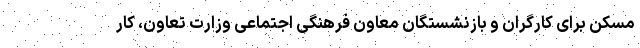
مسکن برای کارگران و بازنشستگان معاون فرهنگی اجتماعی وزارت تعاون، کار